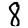
Digit: 8